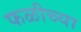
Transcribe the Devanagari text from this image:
फळीच्या